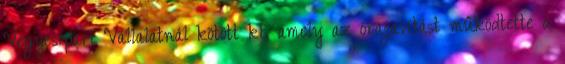
Vegyesipari Vállalatnál kötött ki, amely az órajavítást mûködtette a